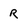
Character: r